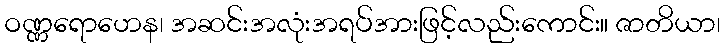
ဝဏ္ဏရောဟေန၊ အဆင်းအလုံးအရပ်အားဖြင့်လည်းကောင်း။ ဇာတိယာ၊